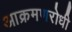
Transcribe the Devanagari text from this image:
आक्रमणरोधी